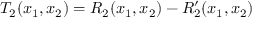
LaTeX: T _ { 2 } ( x _ { 1 } , x _ { 2 } ) = R _ { 2 } ( x _ { 1 } , x _ { 2 } ) - R _ { 2 } ^ { \prime } ( x _ { 1 } , x _ { 2 } )